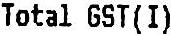
TOTAL GST(I)